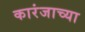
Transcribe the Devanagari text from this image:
कारंजाच्या